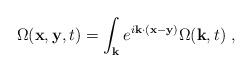
LaTeX: \begin{align*}\Omega ({\bf x}, {\bf y}, t) = \int_{{\bf k}} e^{i{\bf k} \cdot ({\bf x}- {\bf y})} \Omega({\bf k}, t) \; ,\end{align*}